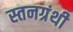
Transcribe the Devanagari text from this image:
स्तनग्रंथी